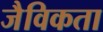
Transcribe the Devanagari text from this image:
जैविकता